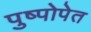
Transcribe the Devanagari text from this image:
पुष्पोपेत